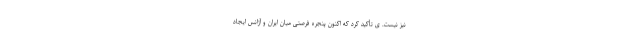
نیز نیست. ی تأکید کرد که اکنون پنجره فرصتی میان ایران و آژانس ایجاد